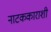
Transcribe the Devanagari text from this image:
नाटककाराशी